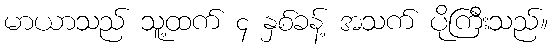
မာယာသည် သူ့ထက် ၄ နှစ်ခန့် အသက် ပိုကြီးသည်။